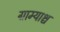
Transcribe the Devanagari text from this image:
ग्राम्याश्च